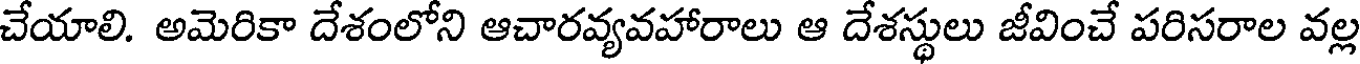
చేయాలి. అమెరికా దేశంలోని ఆచారవ్యవహారాలు ఆ దేశస్థులు జీవించే పరిసరాల వల్ల